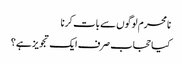
نامحرم لوگوں سے بات کرنا
کیا حجاب صرف ایک تجویز ہے؟